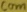
Text: com